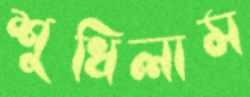
শুধিলাম